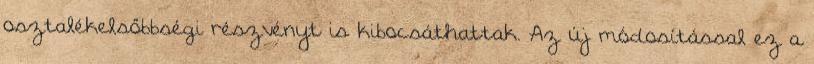
osztalékelsőbbségi részvényt is kibocsáthattak. Az új módosítással ez a